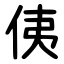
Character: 侇